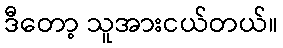
ဒီတော့ သူအားငယ်တယ်။